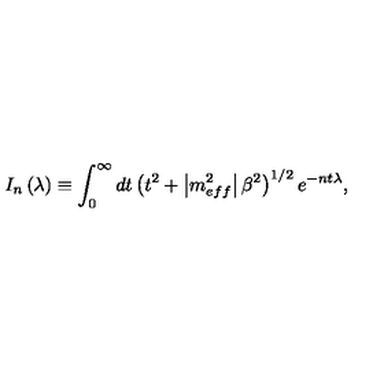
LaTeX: I _ { n } \left( \lambda \right) \equiv \int _ { 0 } ^ { \infty } d t \left( t ^ { 2 } + \left| m _ { e f f } ^ { 2 } \right| \beta ^ { 2 } \right) ^ { 1 / 2 } e ^ { - n t \lambda } ,